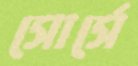
সোর্সে